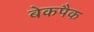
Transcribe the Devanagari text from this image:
बेकपैक